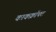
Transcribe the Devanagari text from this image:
काकक्रॉफ्ट